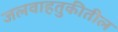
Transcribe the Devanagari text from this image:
जलवाहतुकीतील